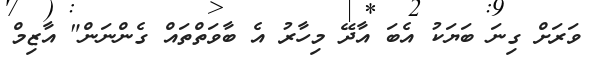
ވަރަށް ގިނަ ބަޔަކު އެބަ އާދޭ މިހާރު އެ ބާވަތްތައް ގެންނަން" އާޒިމް